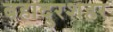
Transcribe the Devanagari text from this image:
बहादुरशहर